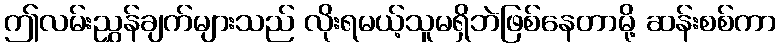
ဤလမ်းညွှန်ချက်များသည် လိုးရမယ့်သူမရှိဘဲဖြစ်နေတာမို့ ဆန်းစစ်ကာ